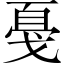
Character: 戞